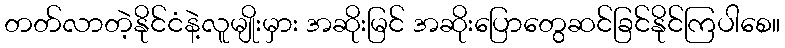
တတ်လာတဲ့နိုင်ငံနဲ့လူမျိုးမှား အဆိုးမြင် အဆိုးပြောတွေဆင်ခြင်နိုင်ကြပါစေ။